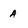
Character: a